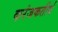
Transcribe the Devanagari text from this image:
करंजकतीर्थ